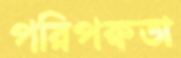
পরিপক্বতা